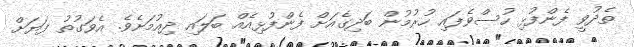
ތެދުވީ ފެންފުޅި ހުސްވެފައި ހުރުމުން ބަދިގެއަށް ފެންފުޅިއެއް ބަލައި ދިއުމަށެވެ. އެވަގުތު ފަޔަށް